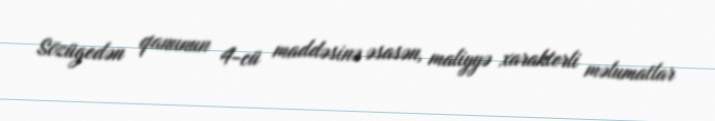
Sözügedən qanunun 4-cü maddəsinə əsasən, maliyyə xarakterli məlumatlar